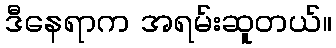
ဒီနေရာက အရမ်းဆူတယ်။